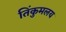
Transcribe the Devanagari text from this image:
तिंकुमलय